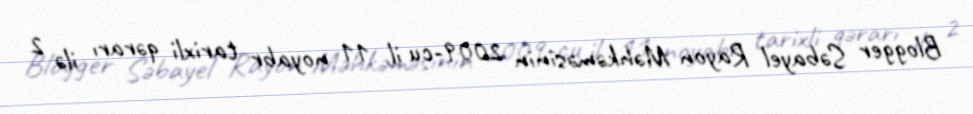
Blogger Səbayel Rayon Məhkəməsinin 2009-cu il, 11 noyabr tarixli qərarı ilə 2